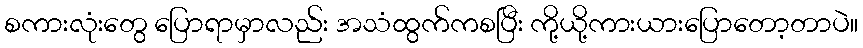
စကားလုံးတွေ ပြောရာမှာလည်း အသံထွက်ကစပြီး ကို့ယို့ကားယားပြောတော့တာပဲ။